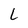
Character: L